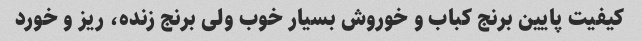
کیفیت پایین برنج کباب و خوروش بسیار خوب ولی برنج زنده، ریز و خورد